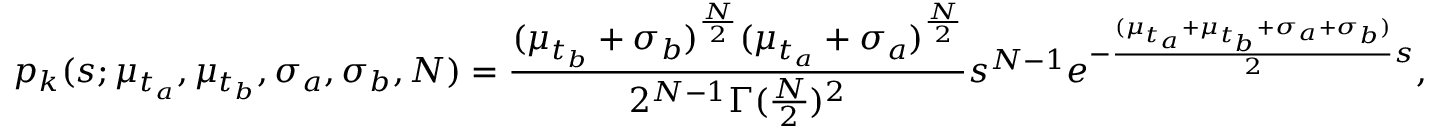
p _ { k } ( s ; \mu _ { t _ { a } } , \mu _ { t _ { b } } , \sigma _ { a } , \sigma _ { b } , N ) = \frac { ( \mu _ { t _ { b } } + \sigma _ { b } ) ^ { \frac { N } { 2 } } ( \mu _ { t _ { a } } + \sigma _ { a } ) ^ { \frac { N } { 2 } } } { 2 ^ { N - 1 } \Gamma ( \frac { N } { 2 } ) ^ { 2 } } s ^ { N - 1 } e ^ { - \frac { ( \mu _ { t _ { a } } + \mu _ { t _ { b } } + \sigma _ { a } + \sigma _ { b } ) } { 2 } s } ,